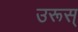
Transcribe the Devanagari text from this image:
उरूस्